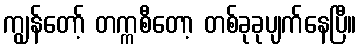
ကျွန်တော့် တက္ကစီတော့ တစ်ခုခုပျက်နေပြီ။